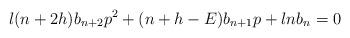
LaTeX: \begin{align*}\l (n+2h) b_{n+2} p^2 + (n+h-E) b_{n+1} p + \l n b_n = 0\end{align*}